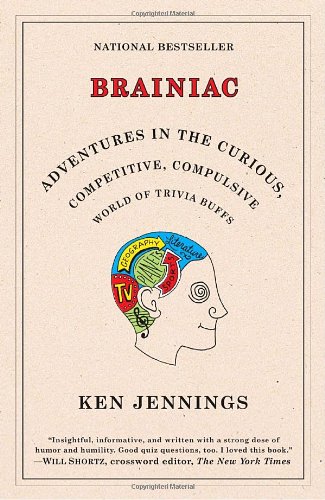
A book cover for Brainiac: Adventures in the Curious, Competitive, Compulsive World of Trivia Buffs; Ken Jennings; Humor & Entertainment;